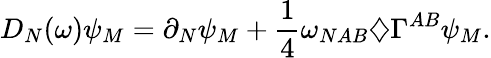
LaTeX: D_{N}(\omega)\psi_{M}=\partial_{N}\psi_{M}+\frac{1}{4}\omega_{NAB}\diamondsuit\Gamma^{AB}\psi_{M}.